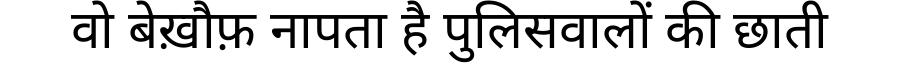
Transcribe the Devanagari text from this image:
वो बेख़ौफ़ नापता है पुलिसवालों की छाती